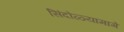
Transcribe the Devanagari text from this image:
सिंदोळ्यामागे